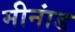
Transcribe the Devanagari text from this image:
मीनांड